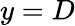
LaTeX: y=D